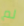
لم